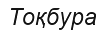
Тоқбура